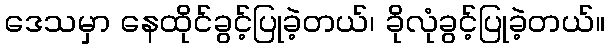
ဒေသမှာ နေထိုင်ခွင့်ပြုခဲ့တယ်၊ ခိုလုံခွင့်ပြုခဲ့တယ်။